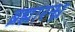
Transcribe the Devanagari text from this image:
ब्रह्मारन्ध्र